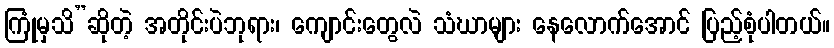
ကြုံမှသိ”ဆိုတဲ့ အတိုင်းပဲဘုရား၊ ကျောင်းတွေလဲ သံဃာများ နေလောက်အောင် ပြည့်စုံပါတယ်။